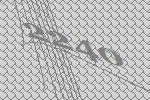
2240